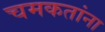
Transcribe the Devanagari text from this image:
चमकतांना